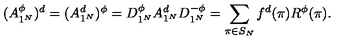
( A _ { 1 ^ { N } } ^ { \phi } ) ^ { d } = ( A _ { 1 ^ { N } } ^ { d } ) ^ { \phi } = D _ { 1 ^ { N } } ^ { \phi } A _ { 1 ^ { N } } ^ { d } D _ { 1 ^ { N } } ^ { - \phi } = \sum _ { \pi \in S _ { N } } f ^ { d } ( \pi ) R ^ { \phi } ( \pi ) .